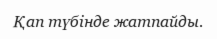
Қап түбінде жатпайды.